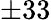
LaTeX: \pm 33